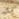
مال